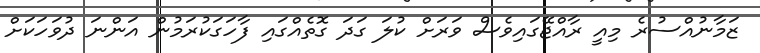
ޒަމާނުއްސުރެ މިއީ ރާއްޖޭގައިވެސް ވަރަށް ކުލަ ގަދަ ގޮތެއްގައި ފާހަގަކުރަމުން އަންނަ ދުވަހަކަށް